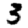
Digit: 3